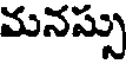
మనస్సు